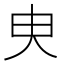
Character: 㬰